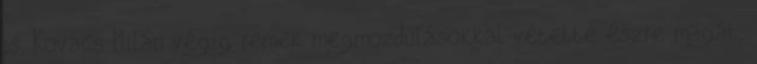
is, Kovács Milán végig remek megmozdulásokkal vétette észre magát,